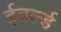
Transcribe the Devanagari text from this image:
ईवर्ल्ड